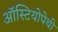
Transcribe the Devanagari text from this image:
ऑस्टियोपेथी